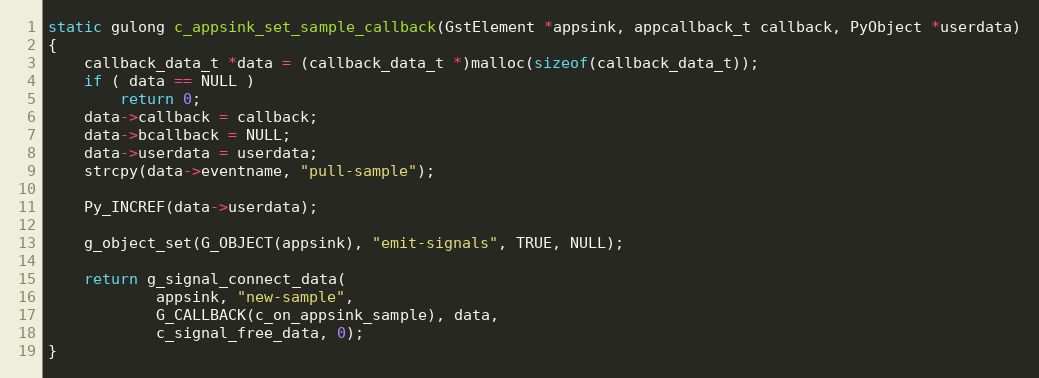
Language: C
static gulong c_appsink_set_sample_callback(GstElement *appsink, appcallback_t callback, PyObject *userdata)
{
	callback_data_t *data = (callback_data_t *)malloc(sizeof(callback_data_t));
	if ( data == NULL )
		return 0;
	data->callback = callback;
	data->bcallback = NULL;
	data->userdata = userdata;
	strcpy(data->eventname, "pull-sample");

	Py_INCREF(data->userdata);

    g_object_set(G_OBJECT(appsink), "emit-signals", TRUE, NULL);

	return g_signal_connect_data(
			appsink, "new-sample",
			G_CALLBACK(c_on_appsink_sample), data,
			c_signal_free_data, 0);
}